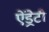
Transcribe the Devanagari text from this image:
ऐंड्रेटी